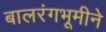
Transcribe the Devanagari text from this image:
बालरंगभूमीने